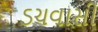
ડચવાસી